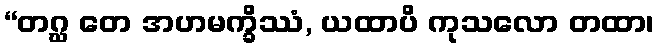
“တဂ္ဃ တေ အဟမက္ခိဿံ, ယထာပိ ကုသလော တထာ၊